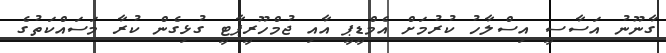
ގާނޫނު އަސާސީ އިސްލާހު ކުރުމަށް އެމްޑީޕީ އާއި ޖުމްހޫރީޕާޓީ ގުޅިގެން ކުރާ މަސައްކަތުގެ